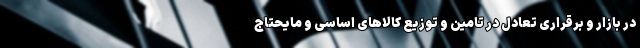
در بازار و برقراری تعادل در تامین و توزیع کالاهای اساسی و مایحتاج